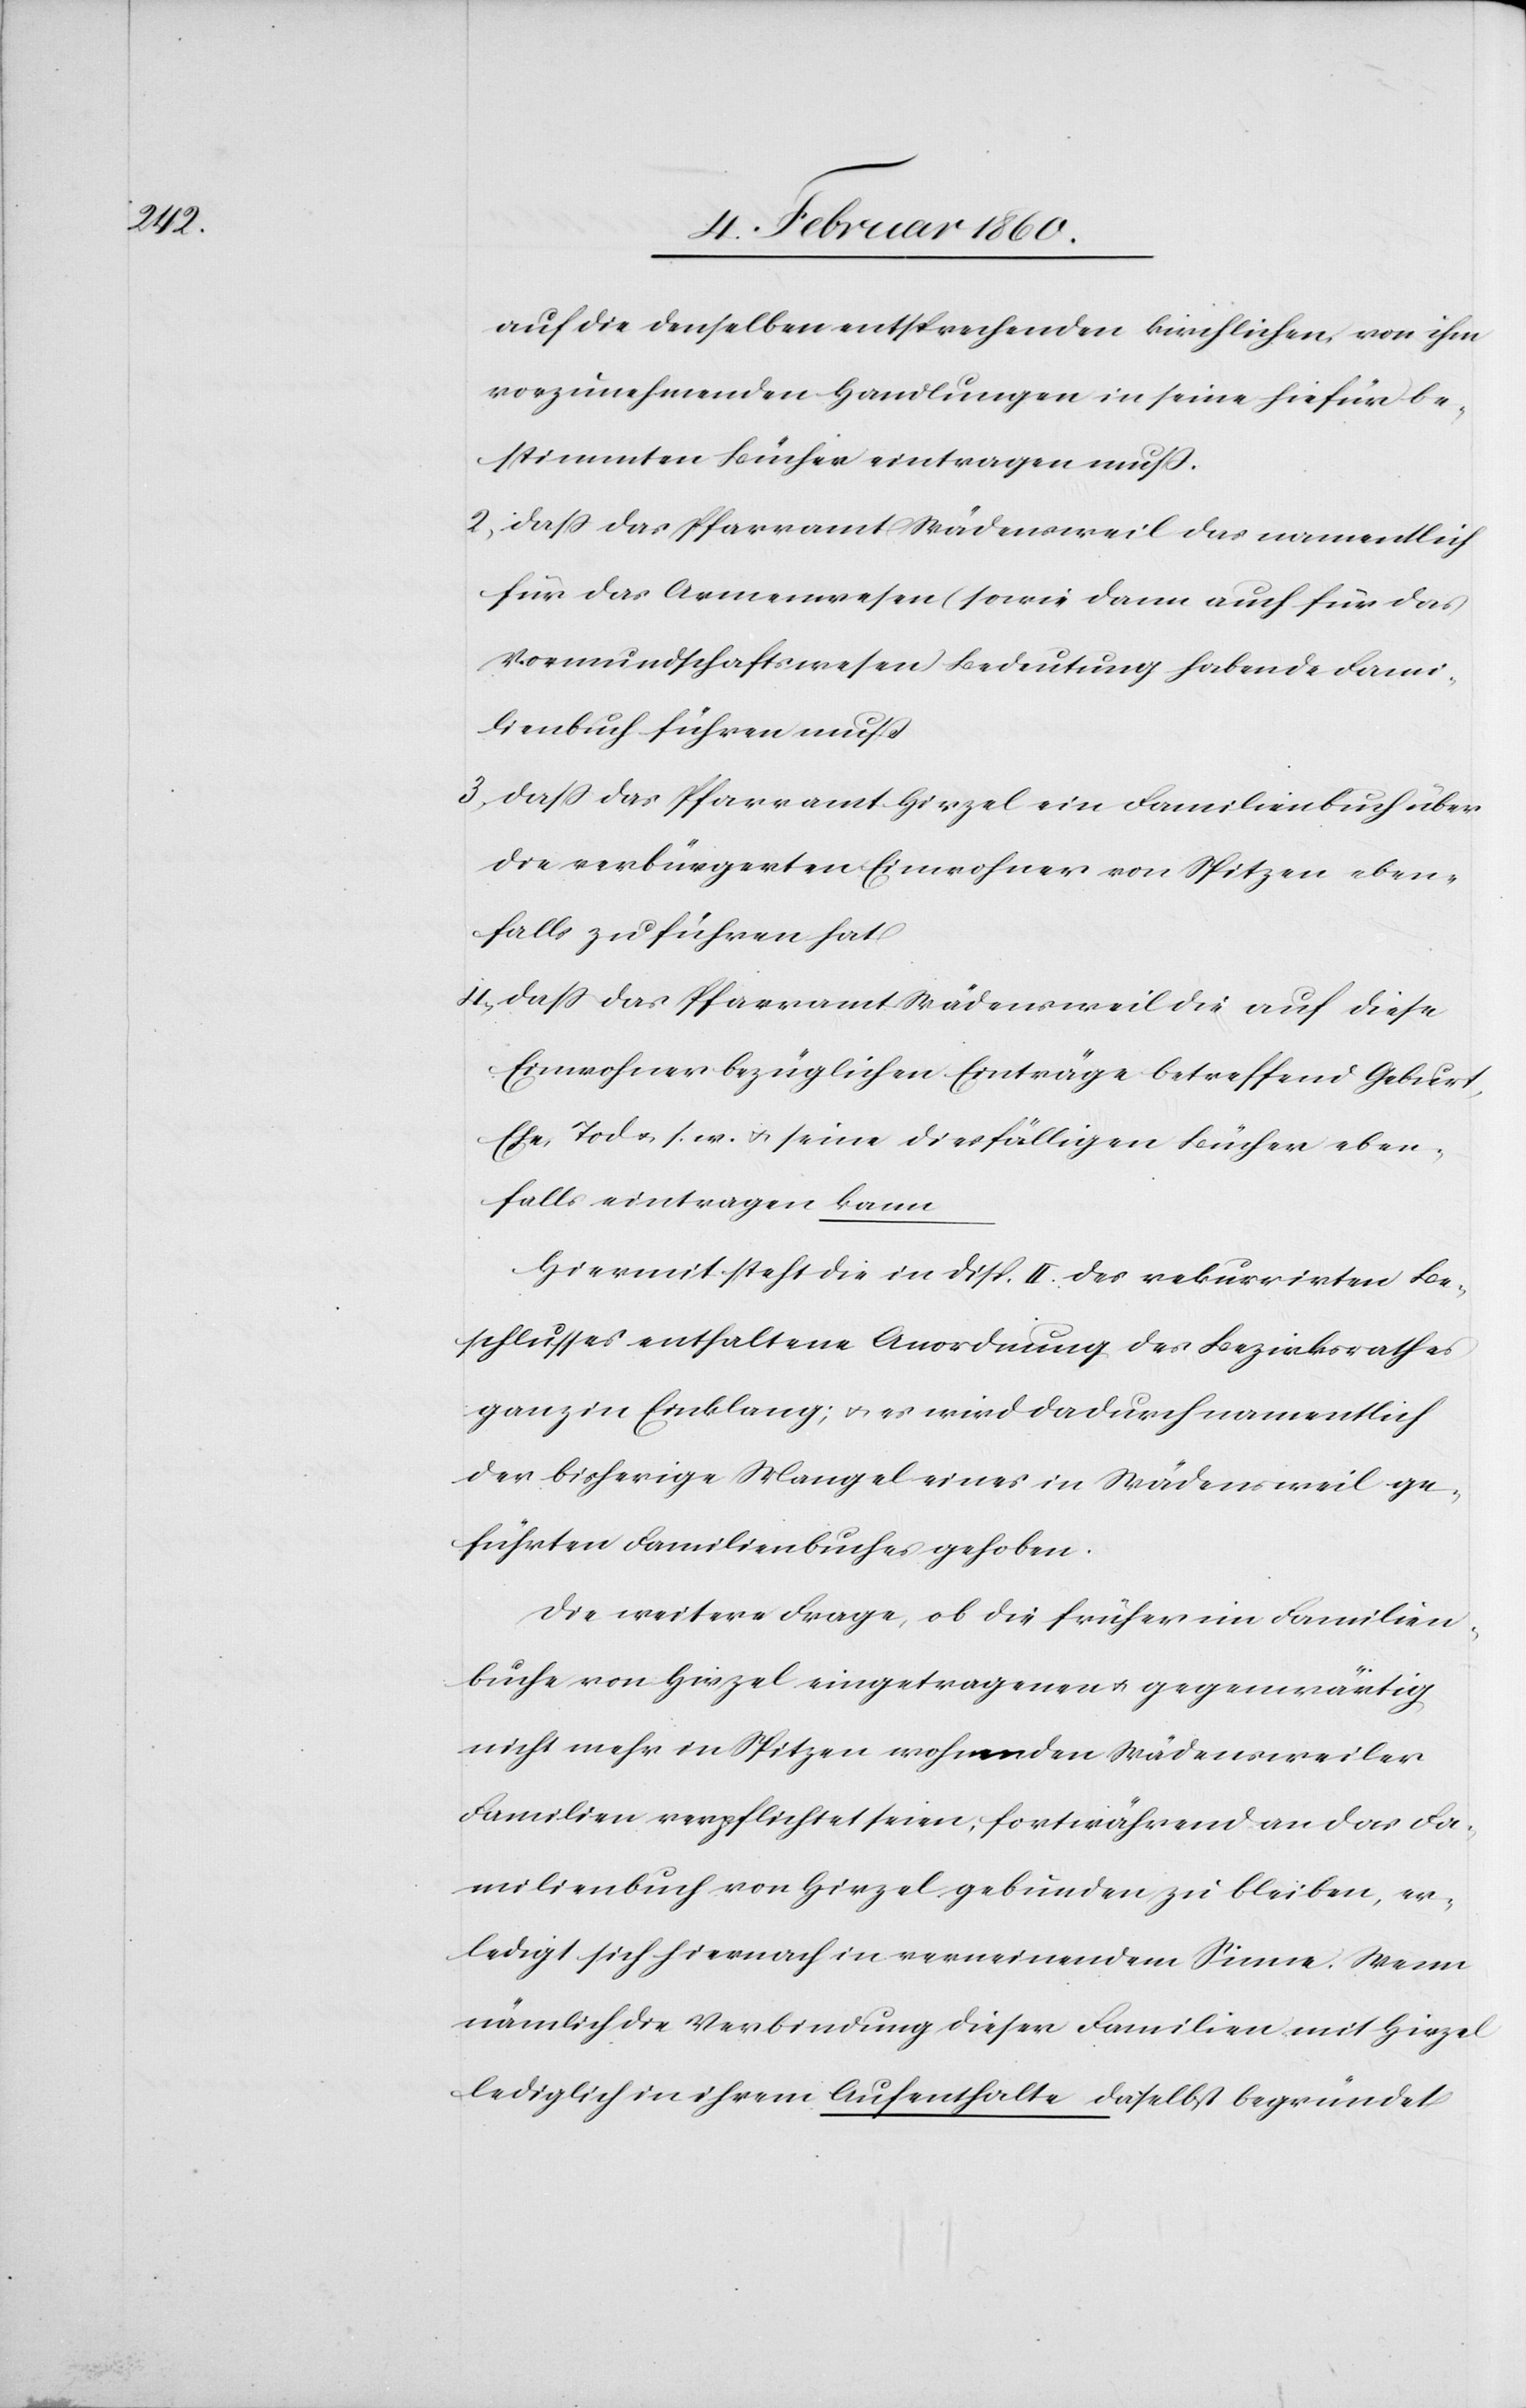
auf die denselben entsprechenden kirchlichen, von ihm
vorzunehmenden Handlungen in seine hiefür be¬
stimmten Bücher eintragen muss.
2. dass das Pfarramt Wädensweil das namentlich
für das Armenwesen (sowie dann auch für das
Vormundschaftswesen) Bedeutung habende Fami¬
lienbuch führen muss.
3. dass das Pfarramt Hirzel ein Familienbuch über
die verbürgerten Einwohner von Spitzen eben¬
falls zu führen hat.
4. dass das Pfarramt Wädensweil die auf diese
Einwohner bezüglichen Einträge betreffend Geburt,
Ehe, Tod u. s., w. u. seine diesfälligen Bücher eben¬
falls eintragen kann.
Hiemit steht die in Disp. II. des rekurrirten Be¬
schlusses enthaltene Anordnung des Bezirksrathes
ganz in Einklang; u. es wird dadurch namentlich
der bisherige Mangel eines in Wädensweil ge¬
führten Familienbuches gehoben.
Die weitere Frage, ob die früher im Familien¬
buch von Hirzel eingetragenen u. gegenwärtig
nicht mehr in Spitzen wohnenden Wädensweiler
Familien verpflichtet seien, fortwährend an das Fa¬
milienbuch von Hirzel gebunden zu bleiben, er¬
ledigt sich hiernach in verneinendem Sinne. Wenn
nämlich die Verbindung dieser Familien mit Hirzel
lediglich in ihrem Aufenthalte daselbst begründet